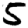
Digit: 5